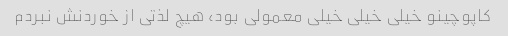
کاپوچینو خیلى خیلى خیلى معمولى بود، هیچ لذتى از خوردنش نبردم